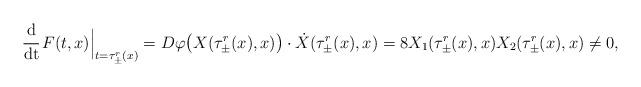
LaTeX: \begin{align*}\mathrm{\cfrac{d}{dt}} \, F(t, x) \Big|_{t = \tau_{\pm}^r (x)} = D\varphi \big( X(\tau_{\pm}^r (x), x) \big) \cdot \dot X (\tau_{\pm}^r (x), x) = 8 X_1 (\tau_{\pm}^r (x), x) X_2 (\tau_{\pm}^r (x), x) \not= 0,\end{align*}